[Report on the health of British troops in the Madras command]
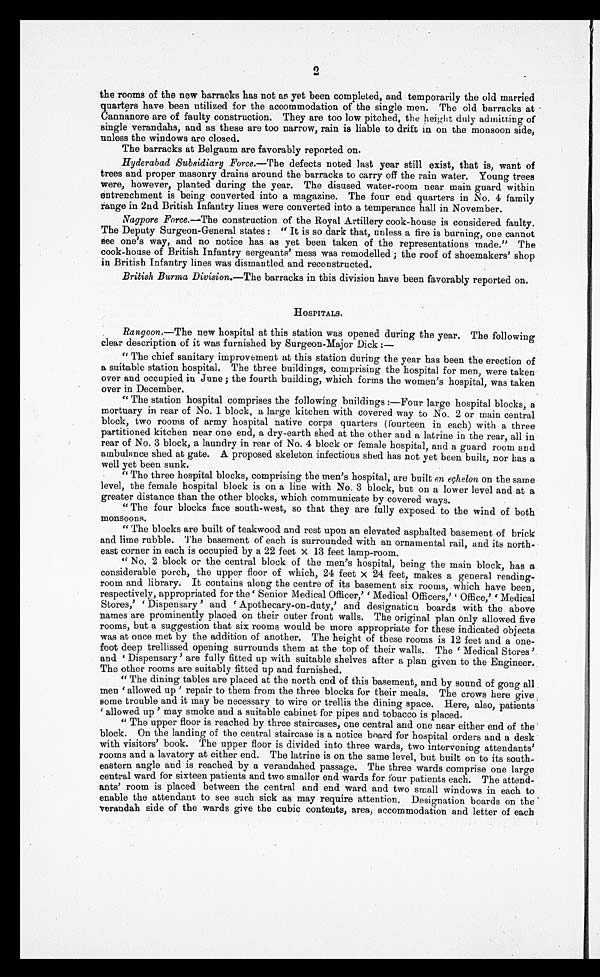
2
•
the rooms of the new barracks has not as yet been completed, and temporarily the old married
quarters have been utilized for the accommodation of the single men. The old barracks at
Cannanore are of faulty construction. They are too low pitched, the height duly admitting of
single verandahs, and as these are too narrow, rain is liable to drift in on the monsoon side,
unless the windows are closed.
The barracks at Belgaum are favorably reported on.
Hyderabad Subsidiary Force .—The defects noted last year still exist, that is, want of
trees and proper masonry drains around the barracks to carry off the rain water. Young trees
were, however, planted during the year. The disused water-room near main guard within
entrenchment is being converted into a magazine. The four end quarters in No. 4 family
range in 2nd British Infantry lines were converted into a temperance hall in November.
Nagpore Force ,—The construction of the Royal Artillery cook-house is considered faulty.
The Deputy Surgeon-General states: "It is so dark that, unless a fire is burning, one cannot
s ee one's way, and no notice has as yet been taken of the representations made." The
cook-house of British Infantry sergeants' mess was remodelled; the roof of shoemakers' shop
in British Infantry lines was dismantled and reconstructed.
British Burma Division .—The barracks in this division have been favorably reported on.
HOSPITALS.
Rangoon, —The new hospital at this station was opened during the year. The following
clear description of it was furnished by Surgeon-Major Dick:—
"The chief sanitary improvement at this station during the year has been the erection of
a suitable station hospital. The three buildings, comprising the hospital for men, were taken
over and occupied in June; the fourth building, which forms the women's hospital, was taken
over in December.
"The station hospital comprises the following buildings:—Four large hospital blocks, a
mortuary in rear of No. 1 block, a large kitchen with covered way to No. 2 or main central
block, two rooms of army hospital native corps quarters (fourteen in each) with a three
partitioned kitchen near one end, a dry-earth shed at the other and a latrine in the rear, all in
rear of No. 3 block, a laundry in rear of No. 4 block or female hospital, and a guard room and
ambulance shed at gate. A proposed skeleton infectious shed has not yet been built, nor has a
well yet been sunk.
"The three hospital blocks, comprising the men's hospital, are built en eçhelon on the same
level, the female hospital block is on a line with No. 3 block, but on a lower level and at a
greater distance than the other blocks, which communicate by covered ways.
"The four blocks face south-west, so that they are fully exposed to the wind of both
monsoons.
"The blocks are built of teakwood and rest upon an elevated asphalted basement of brick
and lime rubble. The basement of each is surrounded with an ornamental rail, and its north
- e a s t c o r n e r i n e a c h i s o c c u p i e d b y a 2 2 f e e t x 1 3 f e e t l a m p - r o o m .
"No. 2 block or the central block of the men's hospital, being the main block, has a
considerable porch, the upper floor of which, 24 feet x 24 feet, makes a general reading-
room and library. It contains along the centre of its basement six rooms, which have been,
respectively, appropriated for the Senior Medical Officer,' 'Medical Officers,' 'Office,' 'Medical
S t o r e s , ' ' D i s p e n s a r y ' a n d ' A p o t h e c a r y - o n - d u t y , ' a n d d e s i g n a t i c n b o a r d s w i t h t h e a b o v e
names are prominently placed on their outer front walls. The original plan only allowed five
rooms, but a suggestion that six rooms would be more appropriate for these indicated objects
was at once met by the addition of another. The height of these rooms is 12 feet and a one-
foot deep trellissed opening surrounds them at the top of their walls. The 'Medical Stores'
a n d ' D i s p e n s a r y ' a r e f u l l y f i t t e d u p w i t h s u i t a b l e s h e l v e s a f t e r a p l a n g i v e n t o t h e E n g i n e e r s .
The other rooms are suitably fitted up and furnished.
"The dining tables are placed at the north end of this basement, and by sound of gong all
m e n ' a l l o w e d u p ' r e p a i r t o t h e m f r o m t h e t h r e e b l o c k s f o r t h e i r m e a l s . T h e c r o w s h e r e g i v e
some trouble and it may be necessary , to wire or trellis the dining space. Here, also, patients
'allowed up ' may smoke and a suitable cabinet for pipes and tobacco is placed.
"The upper floor is reached by three staircases, one central and one near either end of the
block. On the landing of the central staircase is a notice board for hospital orders and a desk
with visitors' book. The upper floor is divided into three wards, two intervening attendants'
rooms and a lavatory at either end. The latrine is on the same level, but built on to its south
- e a s t e r n a n g l e a n d i s r e a c h e d b y a v e r a n d a h e d p a s s a g e . T h e t h r e e w a r d s c o m p r i s e o n e l a r g e
central ward for sixteen patients and two smaller end wards for four patients each. The attend
- a n t s ' r o o m i s p l a c e d b e t w e e n t h e c e n t r a l a n d e n d w a r d a n d t w o s m a l l w i n d o w s i n e a c h t o
enable the attendant to see such sick as may require attention. Designation boards on the
verandah side of the wards give the cubic contents, area, accommodation and letter of each